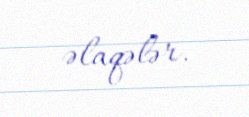
əlaqələr.